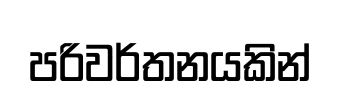
පරිවර්තනයකින්